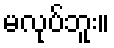
မလုပ်ဘူး။